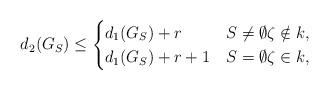
LaTeX: \begin{align*}d_2(G_S)\le\begin{cases}d_1(G_S)+r & S\ne\emptyset \zeta\notin k,\\d_1(G_S)+r+1 & S=\emptyset \zeta\in k,\end{cases}\end{align*}